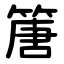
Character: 篖